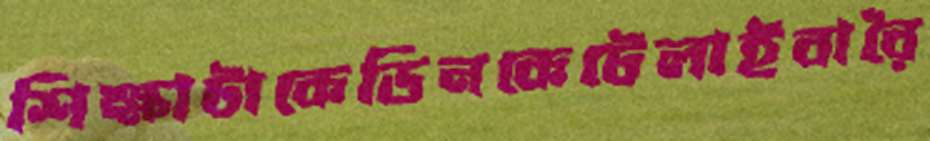
শিক্ষাটাকেডিনকেটেলাইবারৈ